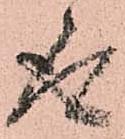
取